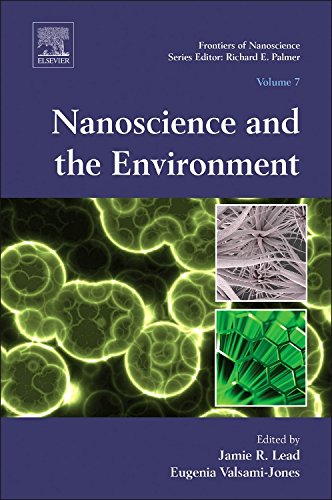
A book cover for Nanoscience and the Environment, Volume 7 (Frontiers of Nanoscience); Engineering & Transportation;